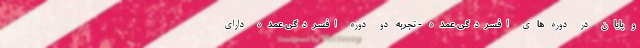
و پایان در دوره های افسردگی عمده - تجربه دو دوره افسردگی عمده دارای